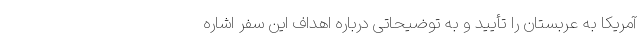
آمریکا به عربستان را تأیید و به توضیحاتی درباره اهداف این سفر اشاره